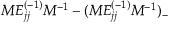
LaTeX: M E _ { j j } ^ { ( - 1 ) } M ^ { - 1 } - ( M E _ { j j } ^ { ( - 1 ) } M ^ { - 1 } ) _ { - }